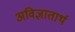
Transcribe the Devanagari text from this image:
अविज्ञातार्थ